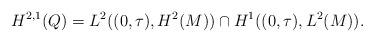
LaTeX: \begin{align*}H^{2,1}(Q)=L^2((0,\tau ),H^2(M))\cap H^1((0,\tau ), L^2(M)).\end{align*}